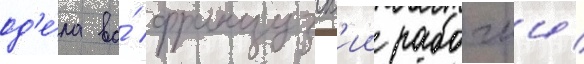
од'е́ла во́ французск'ии рабочии